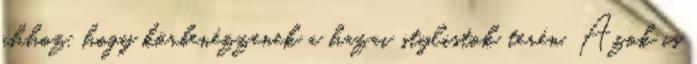
ahhoz, hogy körbenézzenek a hazai stylistok terén. Azok is